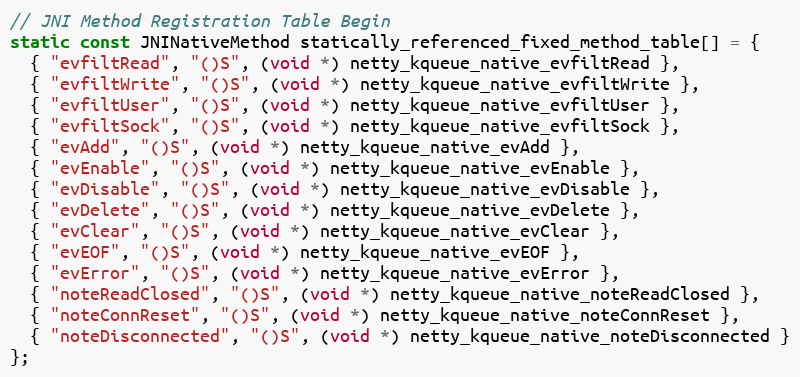
Language: C
// JNI Method Registration Table Begin
static const JNINativeMethod statically_referenced_fixed_method_table[] = {
  { "evfiltRead", "()S", (void *) netty_kqueue_native_evfiltRead },
  { "evfiltWrite", "()S", (void *) netty_kqueue_native_evfiltWrite },
  { "evfiltUser", "()S", (void *) netty_kqueue_native_evfiltUser },
  { "evfiltSock", "()S", (void *) netty_kqueue_native_evfiltSock },
  { "evAdd", "()S", (void *) netty_kqueue_native_evAdd },
  { "evEnable", "()S", (void *) netty_kqueue_native_evEnable },
  { "evDisable", "()S", (void *) netty_kqueue_native_evDisable },
  { "evDelete", "()S", (void *) netty_kqueue_native_evDelete },
  { "evClear", "()S", (void *) netty_kqueue_native_evClear },
  { "evEOF", "()S", (void *) netty_kqueue_native_evEOF },
  { "evError", "()S", (void *) netty_kqueue_native_evError },
  { "noteReadClosed", "()S", (void *) netty_kqueue_native_noteReadClosed },
  { "noteConnReset", "()S", (void *) netty_kqueue_native_noteConnReset },
  { "noteDisconnected", "()S", (void *) netty_kqueue_native_noteDisconnected }
};